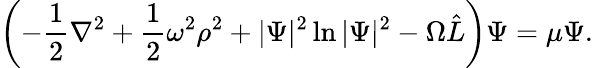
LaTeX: \left(-\frac 12\nabla^{2}+\frac 12\omega^{2}\rho^{2}+|\Psi|^{2}\ln|\Psi|^{2}-\Omega{\hat{L}}\right)\Psi=\mu\Psi.